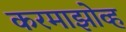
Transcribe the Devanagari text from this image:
करमाझोव्ह